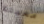
معيشة